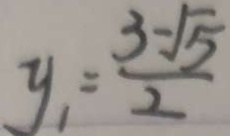
y _ { 1 } = \frac { 3 - \sqrt { 5 } } { 2 }